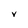
Character: V